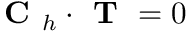
\textbf { C } _ { h } \cdot \textbf { T } = 0